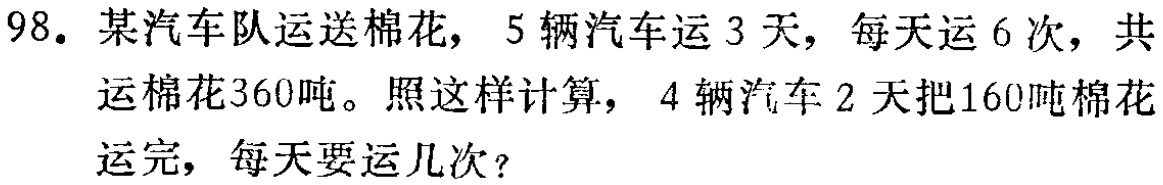
98. 某汽车队运送棉花，5辆汽车运3天，每天运6次，共运棉花360吨。照这样计算，4辆汽车2天把160吨棉花运完，每天要运几次？